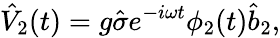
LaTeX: \hat{V}_{2}(t)=g\hat{\sigma}e^{-i\omega t}\phi_{2}(t)\hat{b}_{2},